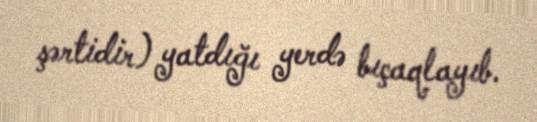
şərtidir) yatdığı yerdə bıçaqlayıb.